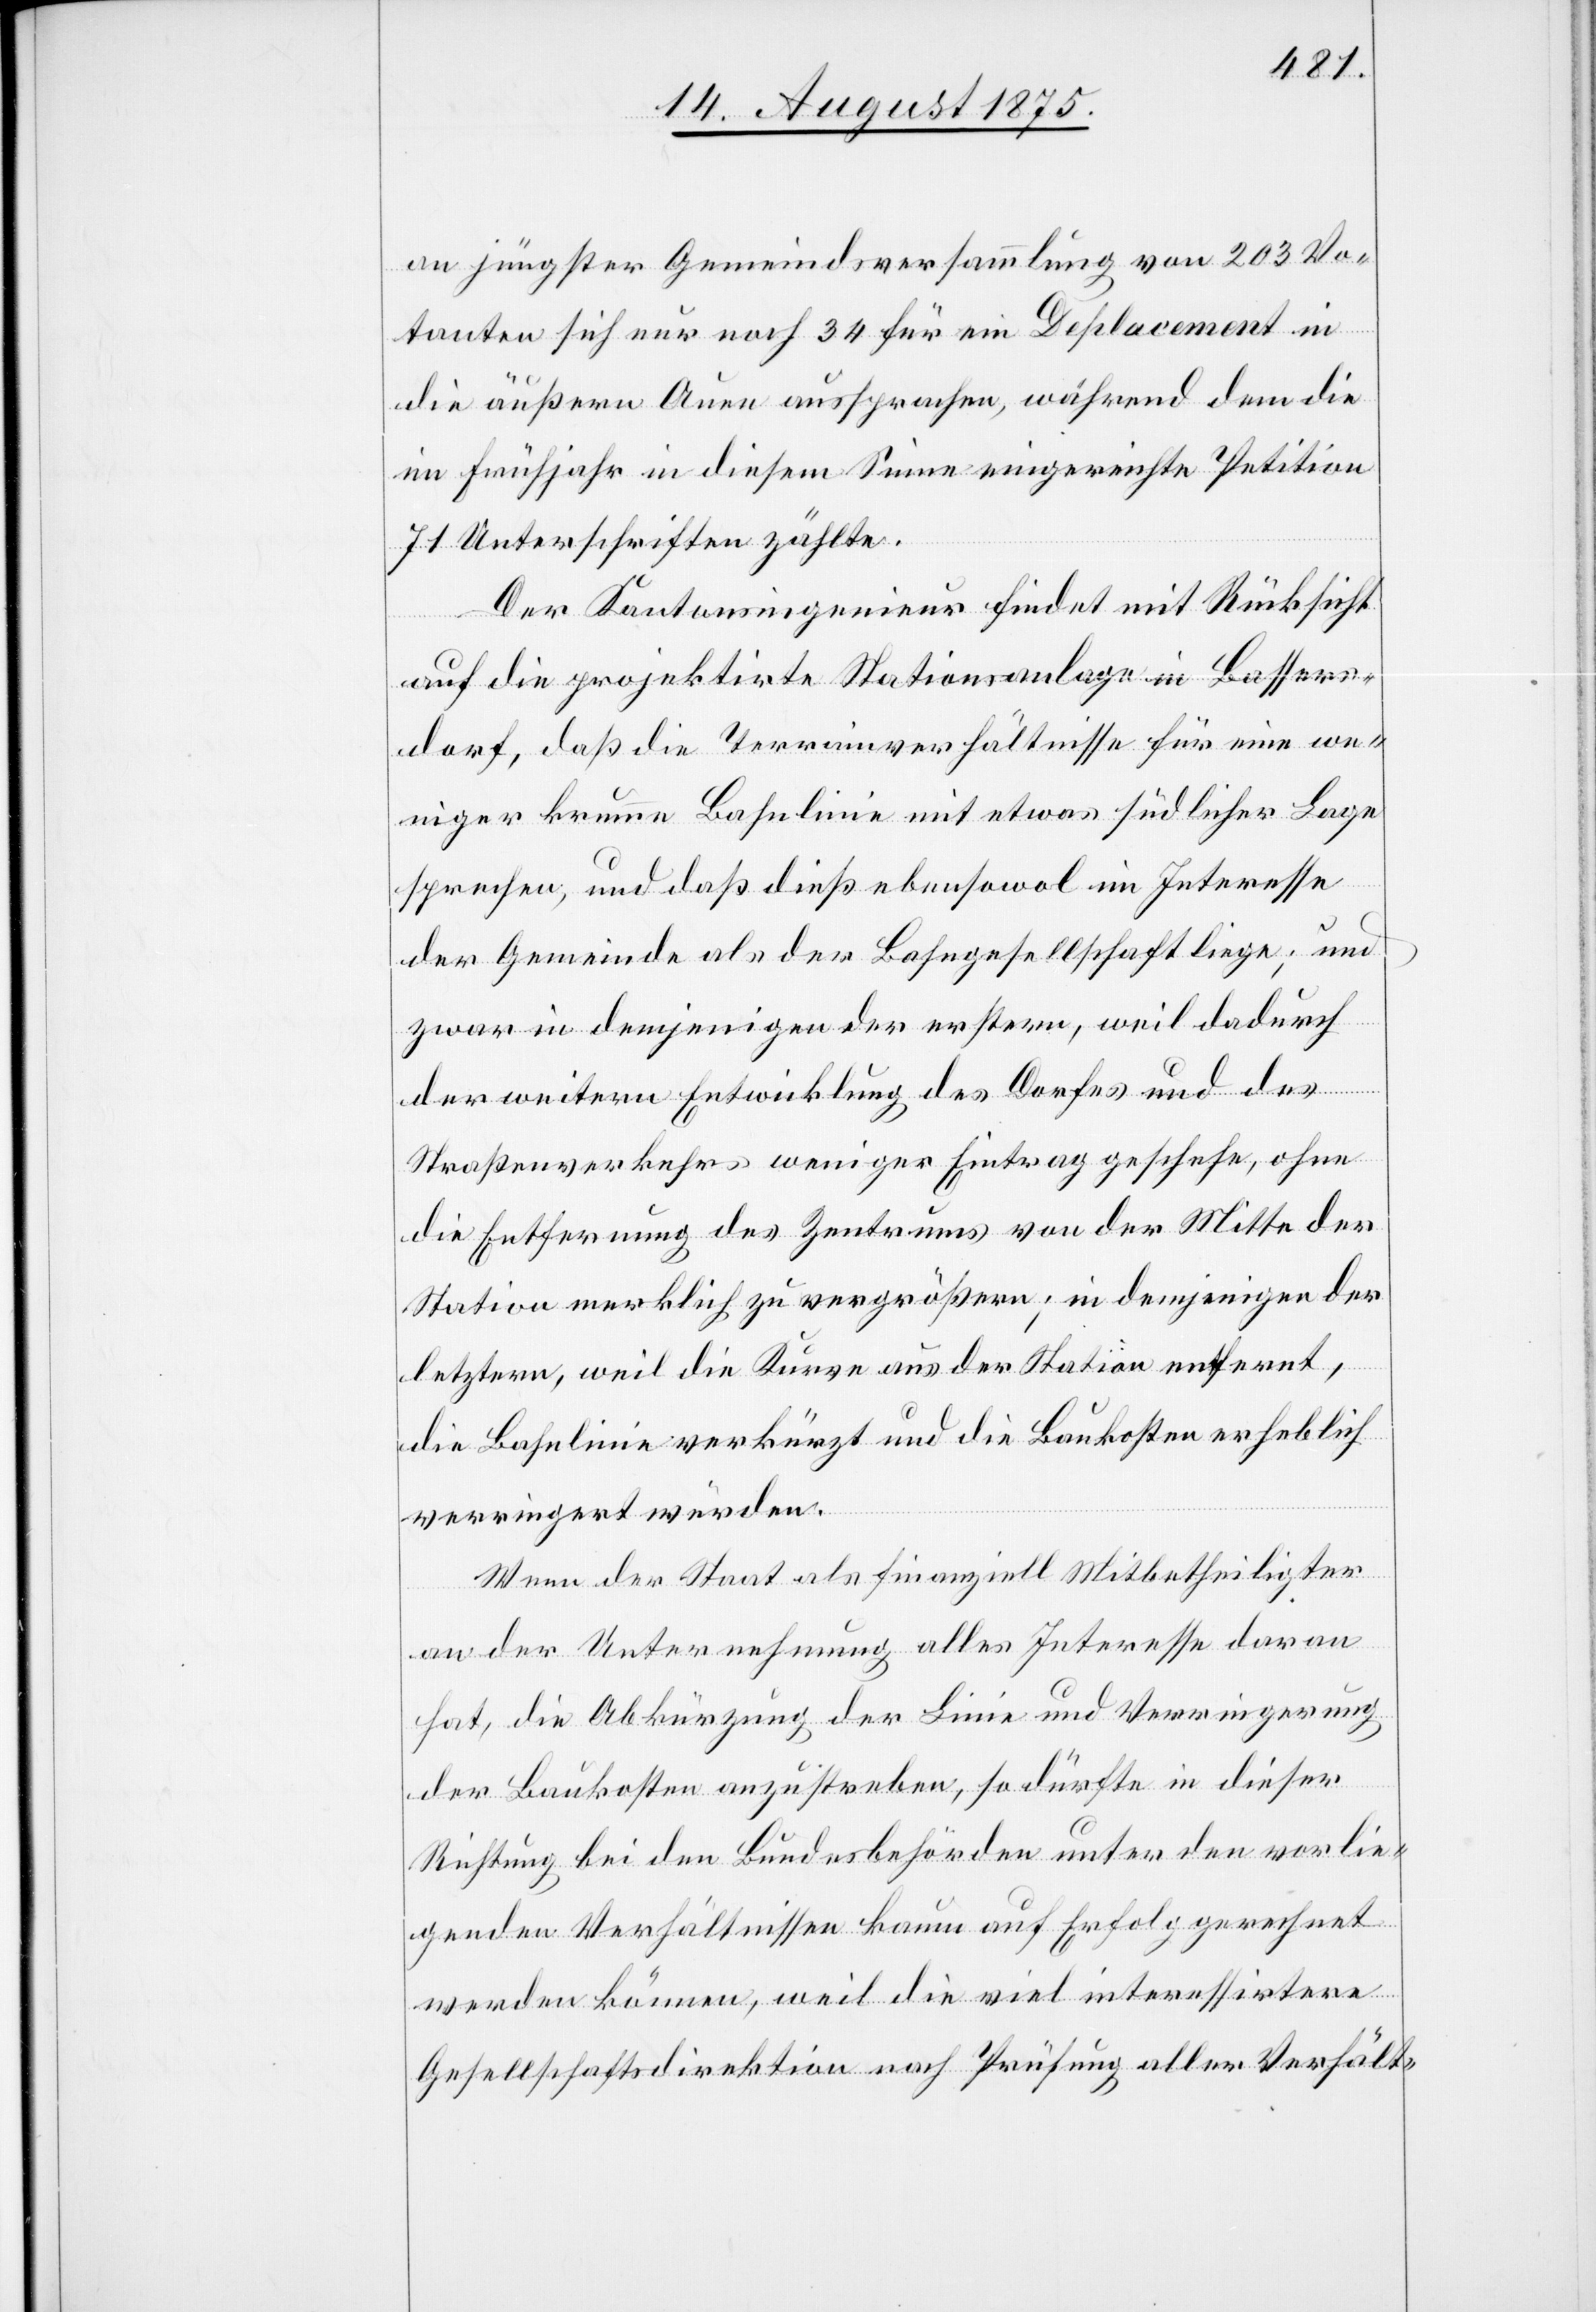
an jüngster Gemeindsversammlung von 203 Vo¬
tanten sich nur noch 34 für ein Deplacement in
die äußern Auen aussprachen, während dem die
im Frühjahr in diesem Sinne eingereichte Petition
71 Unterschriften zählte.
Der Kantonsingenieur findet mit Rücksicht
auf die projektirte Stationsanlage in Bassers¬
dorf, daß die Terrainverhältnisse für eine we¬
niger krumme Bahnlinie mit etwas südlicher Lage
sprechen, und daß dieß ebensowol im Interesse
der Gemeinde als der Bahngesellschaft liege; und
zwar in demjenigen der erstern, weil dadurch
der weitern Entwicklung des Dorfes und des
Straßenverkehrs weniger Eintrag geschehe, ohne
die Entfernung des Zentrums von der Mitte der
Station merklich zu vergrößern; in denjenigen der
letztern, weil die Kurve aus der Station entfernt,
die Bahnlinie verkürzt und die Baukosten erheblich
verringert würden.
Wenn der Staat als finanziell Mitbetheiligter
an der Unternehmung alles Interesse daran
hat, die Abkürzung der Linie und Verringerung
der Baukosten anzustreben, so dürfte in dieser
Richtung bei den Bundesbehörden unter den vorlie¬
genden Verhältnissen kaum auf Erfolg gerechnet
werden können, weil die viel interessirtere
Gesellschaftsdirektion nach Prüfung aller Verhält-